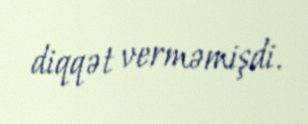
diqqət verməmişdi.